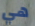
هي